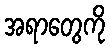
အရာတွေကို